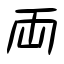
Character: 両